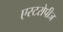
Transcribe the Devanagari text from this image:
एस्टरोपीज